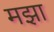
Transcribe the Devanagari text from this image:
मझा